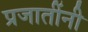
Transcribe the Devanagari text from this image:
प्रजातींनी